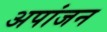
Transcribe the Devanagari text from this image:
अपांजन